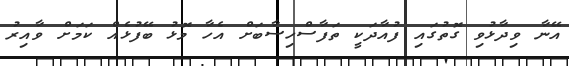
އޭނާ ވިދާޅުވި ގޮތުގައި ފުއާދަކީ ތަފާސްހިސާބަށް އެހާ މޮޅު ބޭފުޅެއް ކަމަށް ވާއިރު